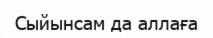
Сыйынсам да аллаға